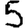
Digit: 5